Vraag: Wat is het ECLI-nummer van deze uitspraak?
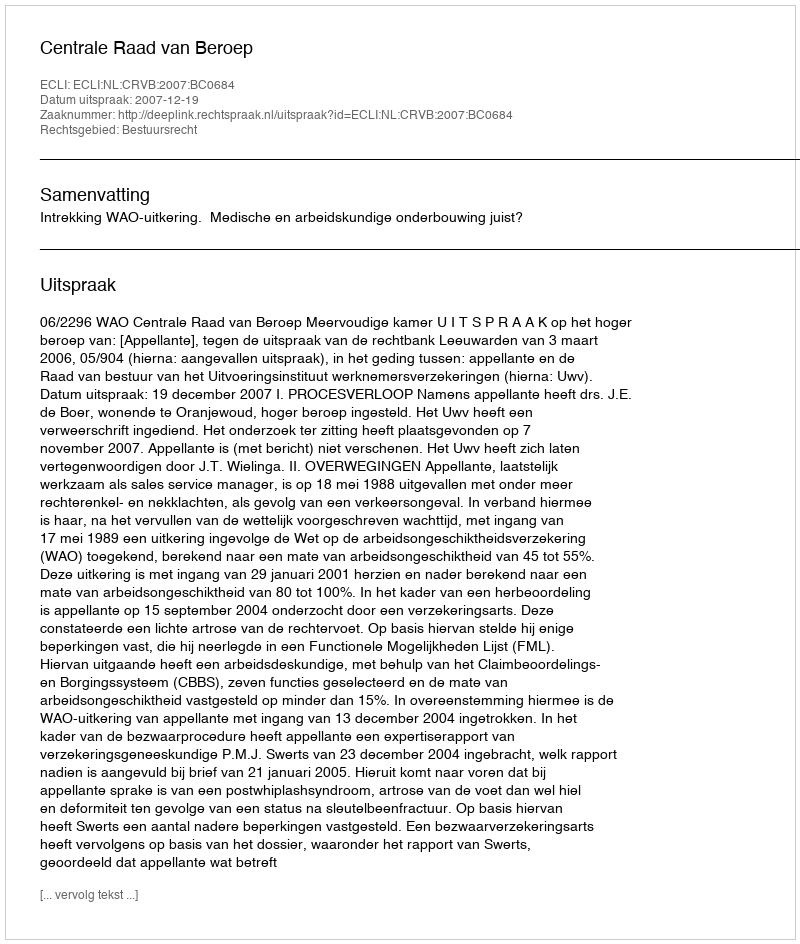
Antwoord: ECLI:NL:CRVB:2007:BC0684